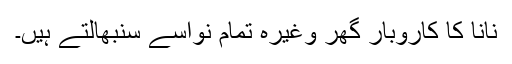
نانا کا کاروبار گھر وغیرہ تمام نواسے سنبھالتے ہیں۔